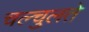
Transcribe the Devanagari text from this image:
चल्चुलते